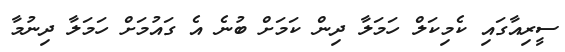
ސީރިއާގައި ކެމިކަލް ހަމަލާ ދިން ކަމަށް ބުނެ އެ ގައުމަށް ހަމަލާ ދިނުމާ